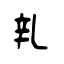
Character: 乵